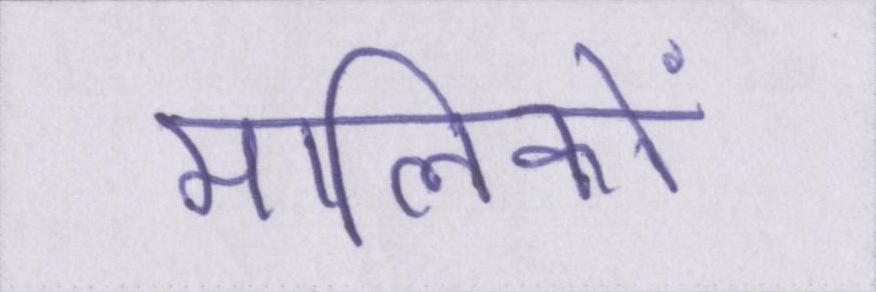
मालिकों